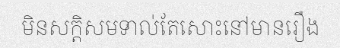
មិនសក្តិសមទាល់តែសោះនៅមានរឿង